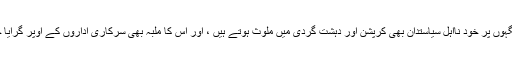
بعض جگہوں پر خود نااہل سیاستدان بھی کرپشن اور دہشت گردی میں ملوث ہوتے ہیں ، اور اس کا ملبہ بھی سرکاری اداروں کے اوپر گرایا جاتا ہے۔